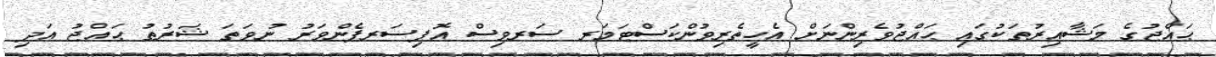
ޙައްޖުގެ މަޝާޢިރުތަކުގައި ޙައްޖުވެރިންނަށް އެހީތެރިވުންކަސްޓަމަރ ސަރވިސް އޮފިސަރފެންވަރު ނުވަތަ ޝަރުޠު ޙައްޖު އަދި